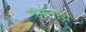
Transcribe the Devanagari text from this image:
गंगनाथ